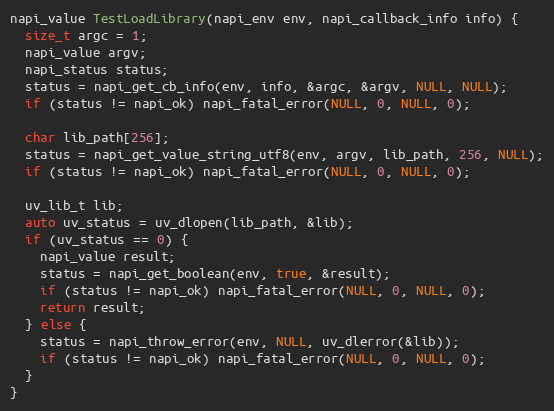
Language: C++
napi_value TestLoadLibrary(napi_env env, napi_callback_info info) {
  size_t argc = 1;
  napi_value argv;
  napi_status status;
  status = napi_get_cb_info(env, info, &argc, &argv, NULL, NULL);
  if (status != napi_ok) napi_fatal_error(NULL, 0, NULL, 0);

  char lib_path[256];
  status = napi_get_value_string_utf8(env, argv, lib_path, 256, NULL);
  if (status != napi_ok) napi_fatal_error(NULL, 0, NULL, 0);

  uv_lib_t lib;
  auto uv_status = uv_dlopen(lib_path, &lib);
  if (uv_status == 0) {
    napi_value result;
    status = napi_get_boolean(env, true, &result);
    if (status != napi_ok) napi_fatal_error(NULL, 0, NULL, 0);
    return result;
  } else {
    status = napi_throw_error(env, NULL, uv_dlerror(&lib));
    if (status != napi_ok) napi_fatal_error(NULL, 0, NULL, 0);
  }
}